Vaccination report Assam 1896-1927 - 1896-1927
Year: 1896
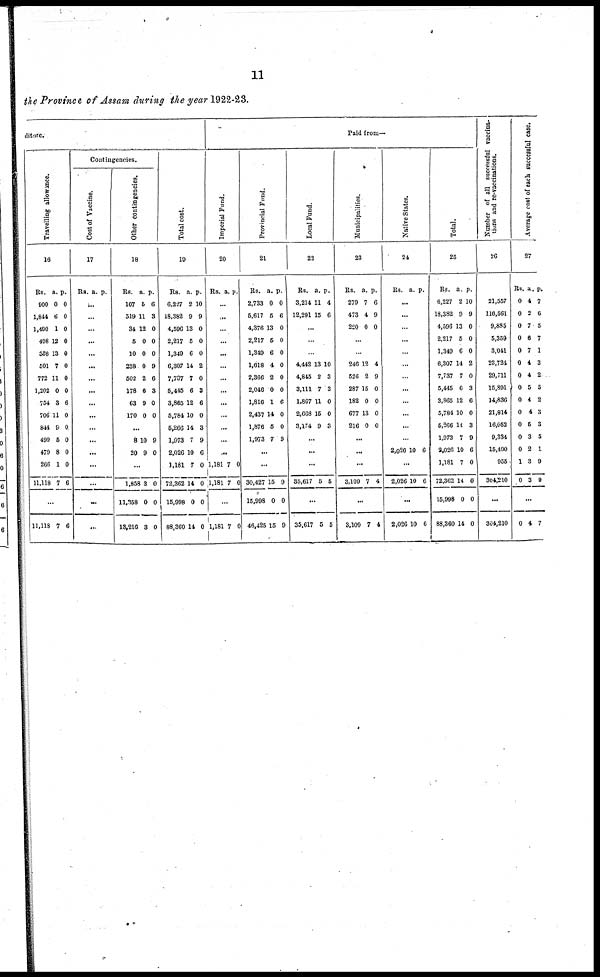
11
the Province of Assam during the year 1922-23.
diture.
Travelling allowance.
16
Rs.
900
1,844
1,490
496
358
501
772
1,202
754
706
844
499
479
266
11,118
a.
0
6
1
12
13
7
11
0
3
11
9
5
8
1
7
p.
0
0
0
0
0
0
0
0
6
0
0
0
0
0
6
...
11,118 7 6
Contingencies.
Cost of Vaccine.
17
Rs. a. p.
...
...
...
...
...
...
...
...
...
...
...
...
...
...
...
...
...
Other contingencies.
18
Rs.
107
519
34
5
10
238
502
178
63
170
a.
5
11
12
0
0
0
2
6
0
0
p.
6
3
0
0
0
9
6
3
0
0
...
8
20
10
9
9
0
...
1,858
11,358
13,216
3
0
3
0
0
0
Total cost.
19
Rs.
6,227
18,382
4,596
2,217
1,349
6,307
7,737
5,445
3,865
5,784
5,266
1,973
2,026
1,181
72,362
15,998
88,360
a.
2
9
13
5
6
14
7
6
12
10
14
7
10
7
14
0
14
p.
10
9
0
0
0
2
0
3
6
0
3
9
6
0
0
0
0
Paid from—
Imperial Fund.
20
Rs. a. p.
...
...
...
...
...
...
...
...
...
...
...
...
...
1,181
1,181
7
7
0
0
...
1,181 7 0
Provincial Fund.
21
Rs.
2,733
5,617
4,376
2,217
1,349
1,618
2,366
2,046
1,816
2,437
1,876
1,973
a.
0
5
13
5
6
4
2
0
1
14
5
7
p.
0
6
0
0
0
0
0
0
6
0
0
9
...
...
30,427
15,998
46,425
15
0
15
9
0
9
Local Fund.
22
Rs.
3,214
12,291
a.
11
15
p.
4
6
...
...
...
4,442
4,845
3,111
1,867
2,668
3,174
13
2
7
11
15
9
10
3
3
0
0
3
...
...
...
35,617 5 5
...
35,617 5 5
Municipalities.
23
Rs.
279
473
220
a.
7
4
0
p.
6
9
0
...
...
246
526
287
182
677
216
12
2
15
0
13
0
4
9
0
0
0
0
...
...
...
3,109 7 4
...
3,109 7 4
Native States.
24
Rs. a. p.
...
...
...
...
...
...
...
...
...
...
...
...
2,026 10 6
...
2,026 10 6
...
2,026 10 6
Total.
25
Rs.
6,227
18,382
4,596
2,217
1,349
6,307
7,737
5,445
3,865
5,784
5,266
1,973
2,026
1,181
72,362
15,998
88,360
a.
2
9
13
5
6
14
7
0
12
10
14
7
10
7
14
0
14
p.
10
9
0
0
0
2
0
3
6
0
3
9
6
0
0
0
0
Number of all successful vaccina¬
tions and re-vaccinations.
26
21,557
116,561
9,885
5,359
3,041
23,724
29,711
15,891
14,836
21,814
16,052
9,334
15,400
955
304,210
...
304,210
Average cost of each successful case.
27
Rs.
0
0
0
0
0
0
0
0
0
0
0
0
0
1
0
a.
4
2
7
6
7
4
4
5
4
4
5
3
2
3
3
p.
7
6
5
7
1
3
2
5
2
3
3
5
1
9
9
...
0 4 7